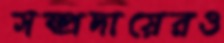
সম্প্রদায়েরও